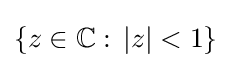
\{z\in \mathbb {C} :\,|z|<1\}